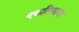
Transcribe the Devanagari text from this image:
एकतिसावा